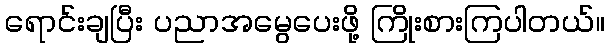
ရောင်းချပြီး ပညာအမွေပေးဖို့ ကြိုးစားကြပါတယ်။